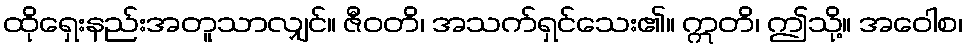
ထိုရှေးနည်းအတူသာလျှင်။ ဇီဝတိ၊ အသက်ရှင်သေး၏။ ဣတိ၊ ဤသို့။ အဝေါစ၊